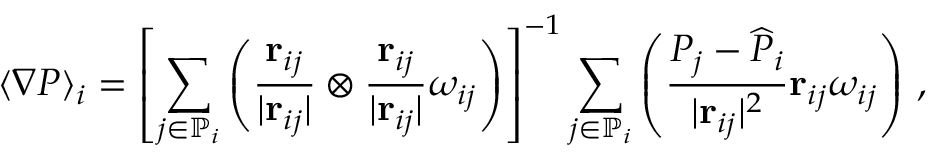
\langle \nabla P \rangle _ { i } = \left[ \sum _ { j \in \mathbb { P } _ { i } } \left( \frac { \mathbf { r } _ { i j } } { \vert \mathbf { r } _ { i j } \vert } \otimes \frac { \mathbf { r } _ { i j } } { \vert \mathbf { r } _ { i j } \vert } \omega _ { i j } \right) \right] ^ { - 1 } \sum _ { j \in \mathbb { P } _ { i } } \left( \frac { P _ { j } - \widehat { P } _ { i } } { \vert \mathbf { r } _ { i j } \vert ^ { 2 } } \mathbf { r } _ { i j } \omega _ { i j } \right) \, ,